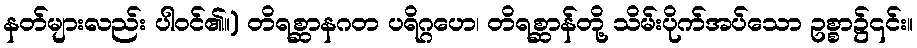
နတ်များလည်း ပါဝင်၏။) တိရစ္ဆာနဂတ ပရိဂ္ဂဟေ၊ တိရစ္ဆာန်တို့ သိမ်းပိုက်အပ်သော ဥစ္စာ၌၎င်း။